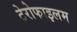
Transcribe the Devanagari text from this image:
टेरोफाइलम